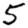
Digit: 5